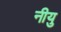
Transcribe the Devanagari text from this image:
नीयु